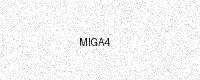
Text: MIGA4